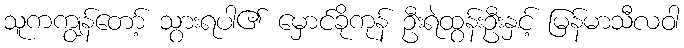
သူကကျွန်တော့် သွားရပါ၏ မှောင်ခိုကုန် ဦးရဲထွန်းဦးနှင့် မြန်မာသီလဝါ